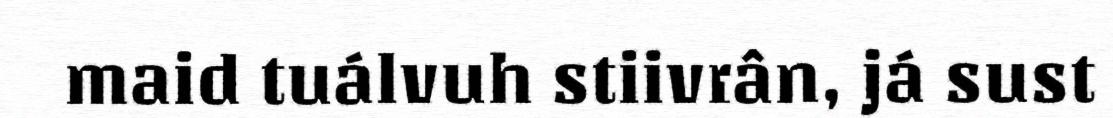
maid tuálvuh stiivrân, já sust